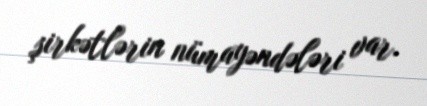
şirkətlərin nümayəndələri var.